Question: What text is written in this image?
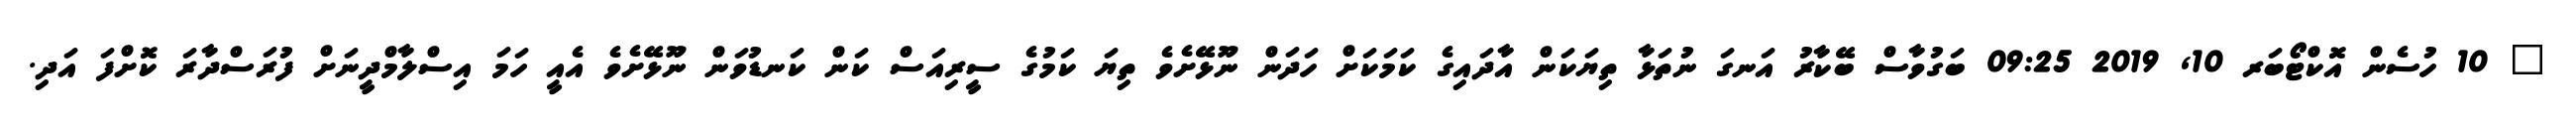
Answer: ? 10 ހުސެން އޮކްޓޯބަރ 10, 2019 09:25 ބަގުވާސް ބޭކާރު އަނގަ ނުތަޅާ ތިޔަކަން އާދައިގެ ކަމަކަށް ހަދަން ނޫޅޭށެވެ ތިޔަ ކަމުގެ ސީރިއަސް ކަން ކަނޑުވަން ނޫޅޭށެވެ އެއީ ހަމަ އިސްލާމްދީނަށް ފުރަސްދާރަ ކޮށްފަ އަދި.